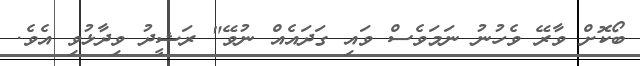
ބޯކޮށް ވާރޭ ވެހުނު ނަމަވެސް ވައި ގަދައެއް ނުވޭ" ރަޝީދު ވިދާޅުވި އެވެ.